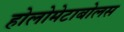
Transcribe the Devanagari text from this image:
होलोमेटाबोलस